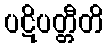
ပဋိပတ္တီတိ